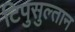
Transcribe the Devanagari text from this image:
टिपुसुल्तान